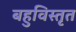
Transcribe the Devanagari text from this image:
बहुविस्तृत